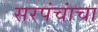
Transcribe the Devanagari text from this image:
सरपंचांचा